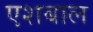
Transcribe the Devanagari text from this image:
एशबाल